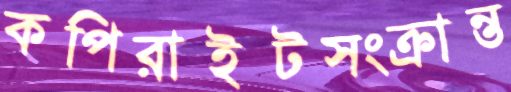
কপিরাইটসংক্রান্ত